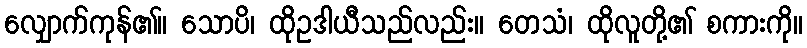
လျှောက်ကုန်၏။ သောပိ၊ ထိုဥဒါယီသည်လည်း။ တေသံ၊ ထိုလူတို့၏ စကားကို။